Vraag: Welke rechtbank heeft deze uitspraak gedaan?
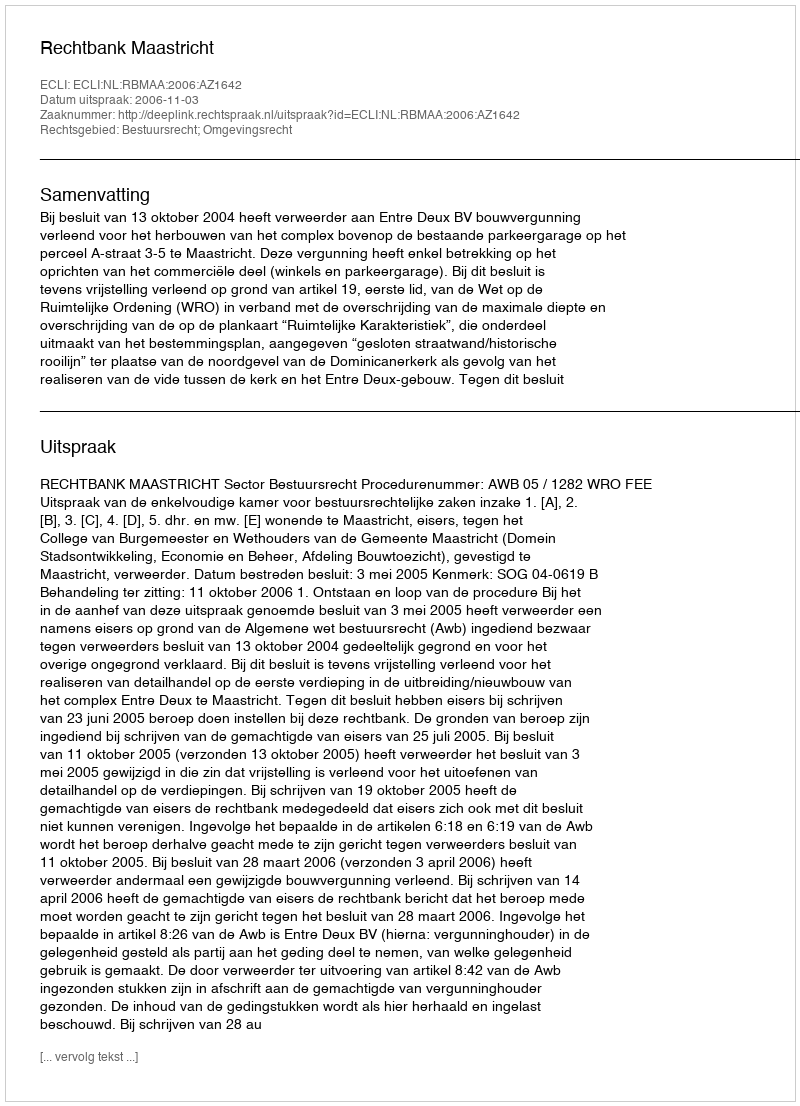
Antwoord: Rechtbank Maastricht